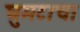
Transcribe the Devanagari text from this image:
घुमटाचा